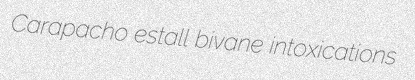
Carapacho estall bivane intoxications